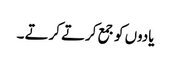
یادوں کو جمع کرتے کرتے ۔